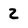
Character: 2